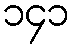
၁၄၁